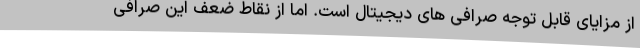
از مزایای قابل توجه صرافی های دیجیتال است. اما از نقاط ضعف این صرافی